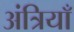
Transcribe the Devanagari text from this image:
अंत्रियाँ